Report of the Indian Hemp Drugs Commission, 1894-1895 - Volume VIII
Year: 1894
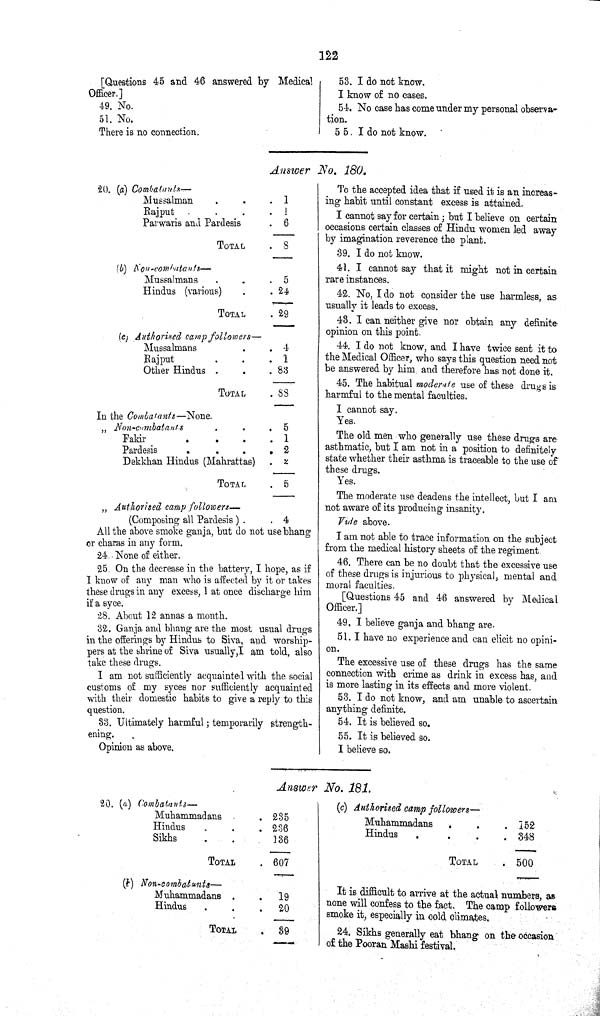
122
[Questions 45 and 46 answered by Medical
Officer.]
49. No.
51. No.
There is no connection.
53. I do not know.
I know of no cases.
54. No case has come under my personal observa¬
tion.
55. I do not know.
Answer No. 180.
20. (a) Combatants—
Mussalman
1
Rajput
1
Parwaris and Pardesis
6
TOTAL
8
(b)
Non-combatants—
Mussalmans
5
Hindus (various)
24
TOTAL
29
(e) Authorised camp followers—
Mussalmans
4
Rajput
1
Other Hindus
83
TOTAL
88
In the Combatants—None.
" Non-combatants
5
Fakir
1
Pardesis
2
Dekkhan Hindus (Mahrattas) 2
TOTAL
5
" Authorised camp followers—
(Composing all Pardesis )
4
All the above smoke ganja, but do not use bhang
or charas in any form.
24. None of either.
25 On the decrease in the battery, I hope, as if
I know of any man who is affected by it or takes
these drugs in any excess, 1 at once discharge him
if a syee.
28. About 12 annas a month.
32. Ganja and bhang are the most usual drugs
in the offerings by Hindus to Siva, and worship¬
pers at the shrine of Siva usually, I am told, also
take these drugs.
I am not sufficiently acquainted with the social
customs of my syees nor sufficiently acquainted
with their domestic habits to give a reply to this
question.
33. Ultimately harmful; temporarily strength¬
ening.
Opinion as above.
To the accepted idea that if used it is an increas¬
ing habit until constant excess is attained.
I cannot say for certain; but I believe on certain
occasions certain classes of Hindu women led away
by imagination reverence the plant.
39. I do not know.
41. I cannot say that it might not in certain
rare instances.
42. No, I do not consider the use harmless, as
usually it leads to excess.
43. I can neither give nor obtain any definite
opinion on this point.
44. I do not know, and I have twice sent it to
the Medical Officer, who says this question need not
be answered by him and therefore has not done it.
45. The habitual moderate use of these drugs is
harmful to the mental faculties.
I cannot say.
Yes.
The old men who generally use these drugs are
asthmatic, but I am not in a position to definitely
state whether their asthma is traceable to the use of
these drugs.
Yes.
The moderate use deadens the intellect, but I am
not aware of its producing insanity.
Vute above.
I am not able to trace information on the subject
from the medical history sheets of the regiment.
46. There can be no doubt that the excessive use
of these drugs is injurious to physical, mental and
moral facilities.
[Questions 45 and 46 answered by Medical
Officer.]
49, I believe ganja and bhang are.
51. I have no experience and can elicit, no opini¬
on.
The excessive use of these drugs has the same
connection with crime as drink in excess has, and
is more lasting in its effects and more violent.
53. I do not know, and am unable to ascertain
anything definite.
54. It is believed so.
55. It is believed so.
I believe so.
Answer No. 181.
20. (a) Combatants—
Muhammadans
235
Hindus
236
Sikhs
136
TOTAL
607
(b) Non-combatants—
Muhammadans
19
Hindus
20
TOTAL
39
(c) Authorised camp followers—
Muhammadans
152
Hindus
348
TOTAL
500
It is difficult to arrive at the actual numbers, as
none will confess to the fact. The camp followers
smoke it, especially in cold climates.
24. Sikhs generally eat bhang on the occasion
of the Pooran Mashi festival.